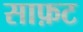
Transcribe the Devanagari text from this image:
साफ़ट